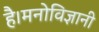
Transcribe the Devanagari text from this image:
है।मनोविज्ञानी